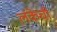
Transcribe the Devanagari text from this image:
लंकेची